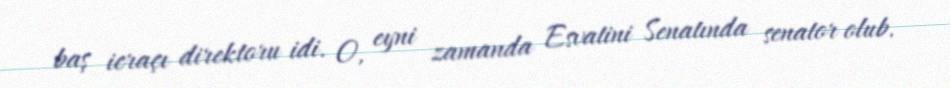
baş icraçı direktoru idi. O, eyni zamanda Esvatini Senatında senator olub.